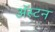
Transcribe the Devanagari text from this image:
अॅस्टन